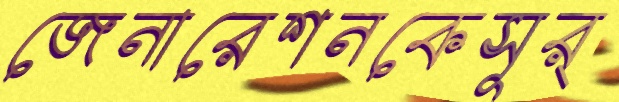
জেনারেশনকেসূর্